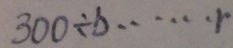
3 0 0 \div b \cdots r